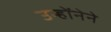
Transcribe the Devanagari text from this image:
उन्होंनेने